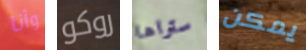
وأنا روكو ستراها يمكن